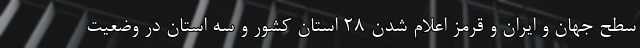
سطح جهان و ایران و قرمز اعلام شدن 28 استان کشور و سه استان در وضعیت